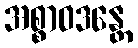
အစ္စာဝဒန္တေ